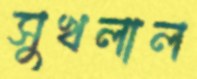
সুখলাল